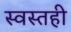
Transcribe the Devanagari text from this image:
स्वस्तही